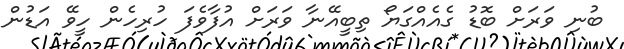
ބުނި ވަރަށް ބޮޑު ގެއެއްގަޔޯ ތިބީއޭނާ ވަރަށް އުފާވެފަ ހުރިހެން ހީވޭ އަޑުން